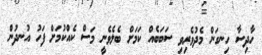
ހާދިސާ ހިނގަން މެދުވެރިވި ސަބަބެއް ކަމަށް ބެލެވެނީ މަސް ކެއްކުމަށް ފަހު އުނދުން